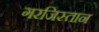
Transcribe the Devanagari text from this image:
गरजिस्तान